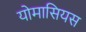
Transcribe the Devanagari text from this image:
योमासियस